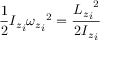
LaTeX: { \frac { 1 } { 2 } } { I _ { z } } _ { i } { { \omega _ { z } } _ { i } } ^ { 2 } = { \frac { { { L _ { z } } _ { i } } ^ { 2 } } { 2 { I _ { z } } _ { i } } }